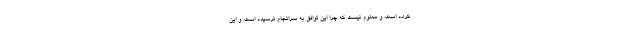
کرده است، و معلوم نیست که چرا این توافق به سرانجام نرسیده است، و این